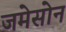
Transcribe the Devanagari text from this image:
जमेसोन